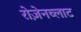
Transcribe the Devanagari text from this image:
रोज़ेनब्लाट